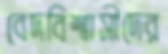
বেদবিশ্বাসীদের